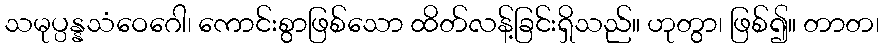
သမုပ္ပန္နသံဝေဂေါ၊ ကောင်းစွာဖြစ်သော ထိတ်လန့်ခြင်းရှိသည်။ ဟုတွာ၊ ဖြစ်၍။ တာတ၊